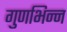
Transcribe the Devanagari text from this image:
गुणभिन्न